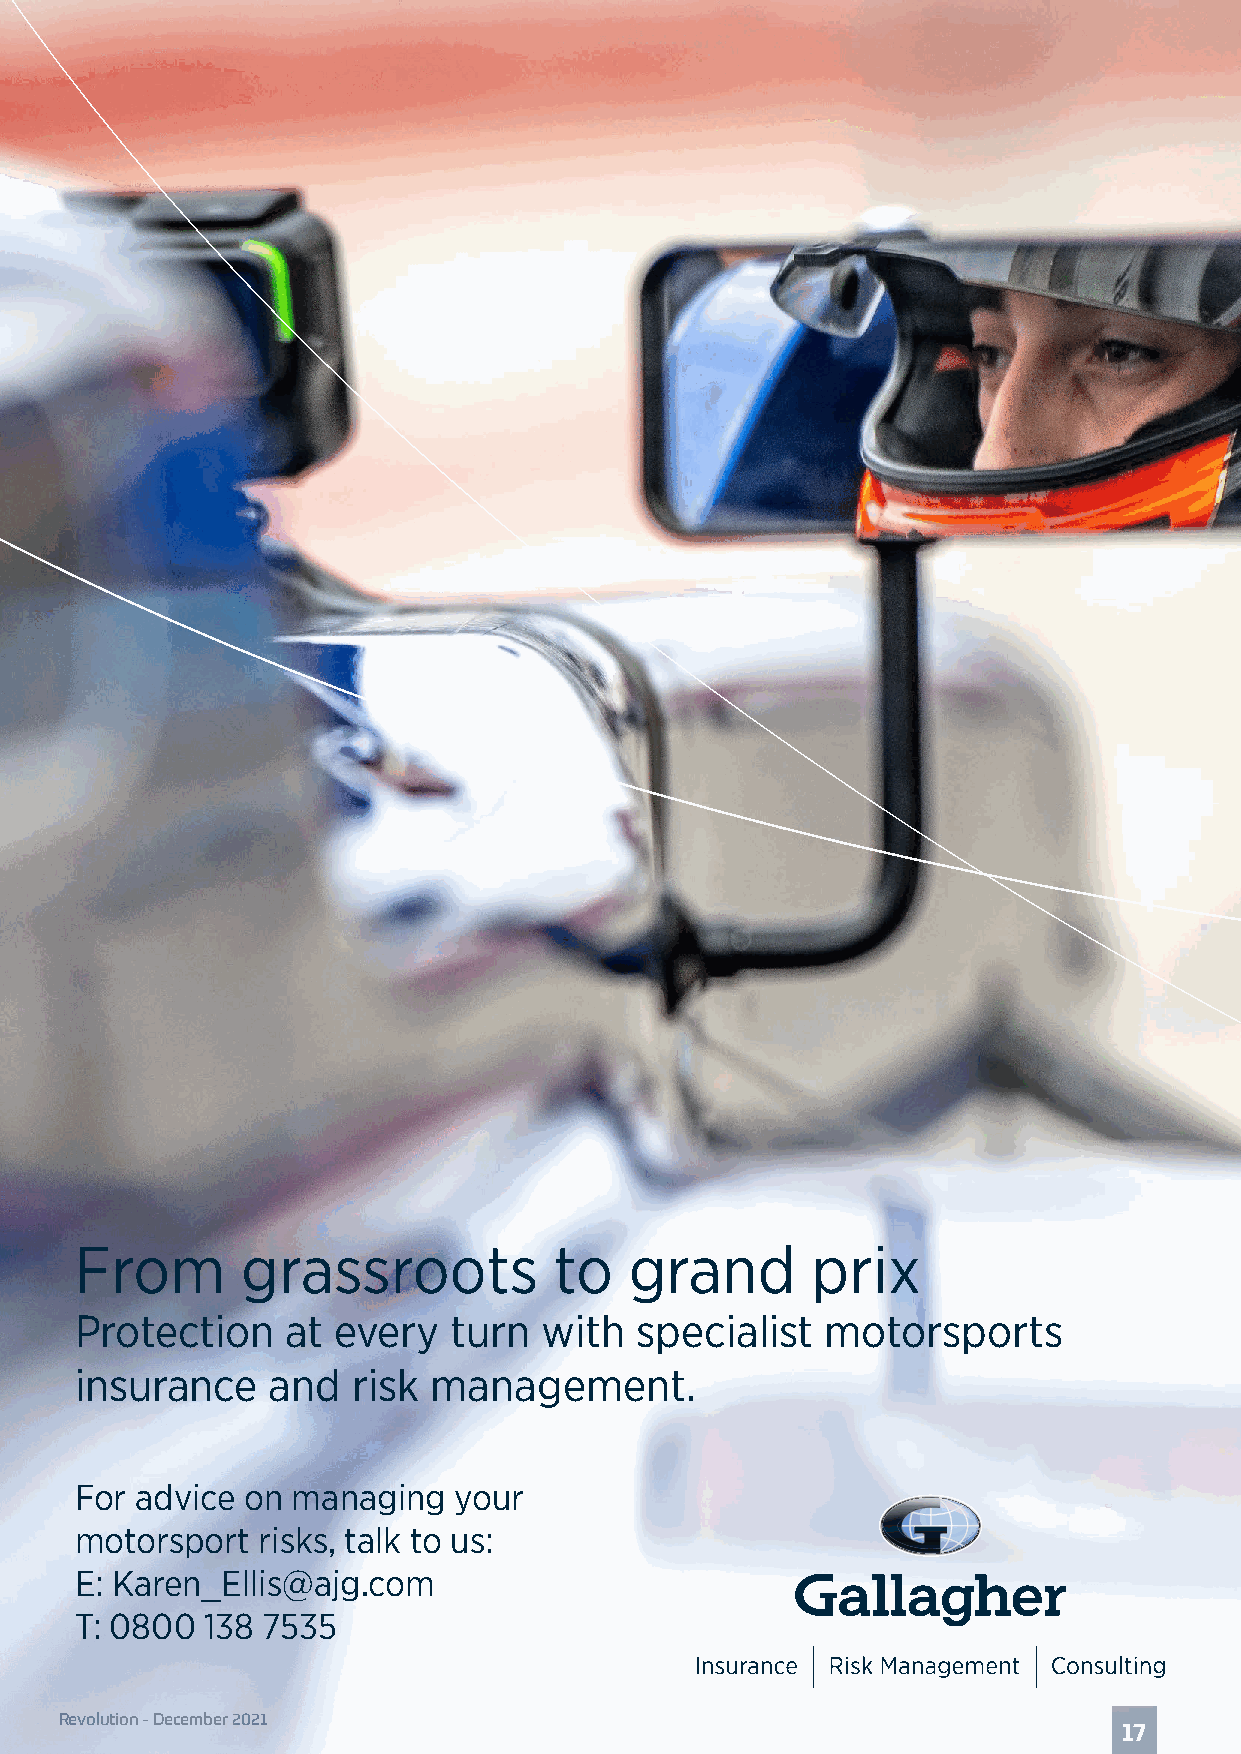
TRIBUTE
 From       grassroots           to   grand       prix
 Protection    at every   turn  with  specialist   motorsports
 insurance    and  risk management.
 For advice on managing   your
 motorsport  risks, talk to us:
 E: Karen_Ellis@ajg.com
 T: 0800  138 7535
 Revolution - December 2021
 17